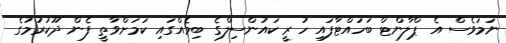
ނަމަވެސް އެ ޕްލާންޓް ބަހައްޓާފައި ހުރީ ކައުންސިލްގެ ބިމެއްގައި ކަމަށްވާތީ ފެން ދޫކުރުމުގެ